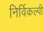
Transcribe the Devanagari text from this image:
निर्विकल्पी